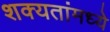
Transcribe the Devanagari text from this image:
शक्यतांमध्ये